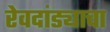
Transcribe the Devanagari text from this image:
रेवदांड्याचा